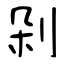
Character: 剁